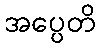
အပ္ပေတိ